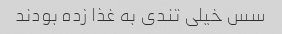
سس خیلی تندی به غذا زده بودند